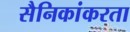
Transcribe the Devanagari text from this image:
सैनिकांकरता